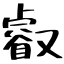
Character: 叡